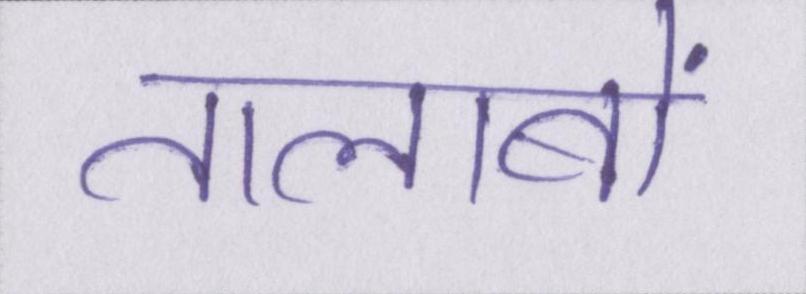
तालाबों